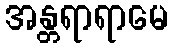
အန္တရာရာမေ